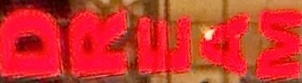
DREAM